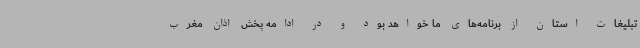
تبلیغات استان از برنامه‌های ما خواهد بود و در ادامه پخش اذان مغرب